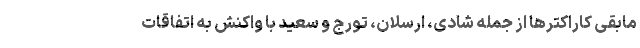
مابقی کاراکترها از جمله شادی، ارسلان، تورج و سعید با واکنش به اتفاقات